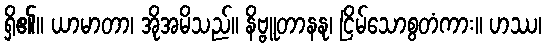
ရှိ၏။ ယာမာတာ၊ အိုအမိသည်။ နိဗ္ဗူတာနနု၊ ငြိမ်သောစွတံကား။ ဟဿ၊